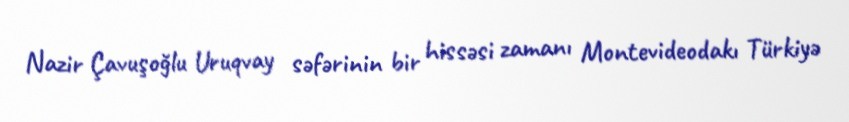
Nazir Çavuşoğlu Uruqvay səfərinin bir hissəsi zamanı Montevideodakı Türkiyə